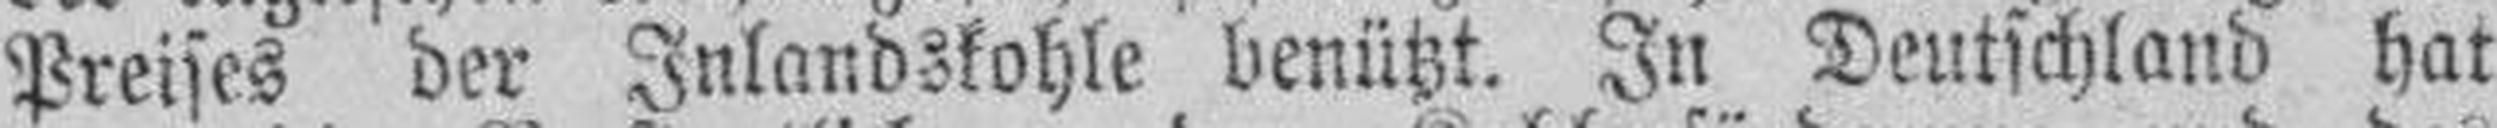
Preises der Inlandskohle benützt. In Deutschland hat